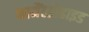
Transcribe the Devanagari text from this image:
फामैंल्डोहाइड